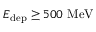
E _ { \mathrm { d e p } } \geq 5 0 0 ~ \mathrm { M e V }